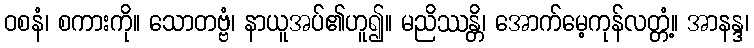
ဝစနံ၊ စကားကို။ သောတဗ္ဗံ၊ နာယူအပ်၏ဟူ၍။ မညိဿန္တိ၊ အောက်မေ့ကုန်လတ္တံ့။ အာနန္ဒ၊